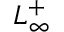
L _ { \infty } ^ { + }